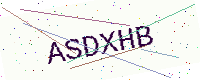
Text: ASDXHB